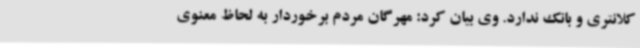
کلانتری و بانک ندارد. وی بیان کرد: مهرگان مردم برخوردار به لحاظ معنوی